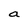
Character: a